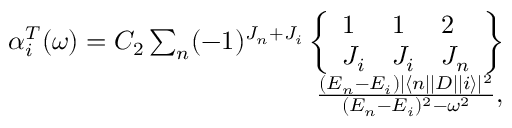
\begin{array} { r } { \alpha _ { i } ^ { T } ( \omega ) = C _ { 2 } \sum _ { n } ( - 1 ) ^ { J _ { n } + J _ { i } } \left\{ \begin{array} { l l l } { 1 } & { 1 } & { 2 } \\ { J _ { i } } & { J _ { i } } & { J _ { n } } \end{array} \right\} } \\ { \frac { ( E _ { n } - E _ { i } ) | \langle n | | D | | i \rangle | ^ { 2 } } { ( E _ { n } - E _ { i } ) ^ { 2 } - \omega ^ { 2 } } , } \end{array}